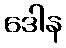
ဒေါန